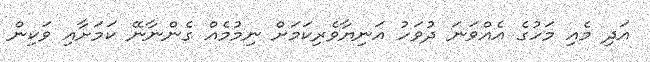
އަދި މެއި މަހުގެ އެއްވަނަ ދުވަހު އަނިޔާވެރިކަމަށް ނިމުމެއް ގެންނާނޭ ކަމަށާއި ވަކިން